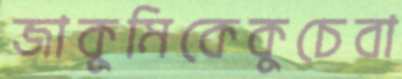
জাকুমিকেকুচেবা